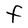
Character: F